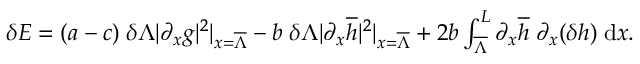
\begin{array} { r } { \delta E = ( a - c ) \; \delta \Lambda | \partial _ { x } g | ^ { 2 } | _ { x = \overline { { \Lambda } } } - b \; \delta \Lambda | \partial _ { x } \overline { { h } } | ^ { 2 } | _ { x = \overline { { \Lambda } } } + 2 b \int \displaylimits _ { \overline { { \Lambda } } } ^ { L } { \partial _ { x } \overline { { h } } \; \partial _ { x } ( \delta h ) \; \mathrm { d } x } . } \end{array}